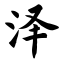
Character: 泽